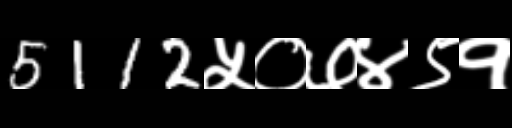
Text: 5112५०७४९१